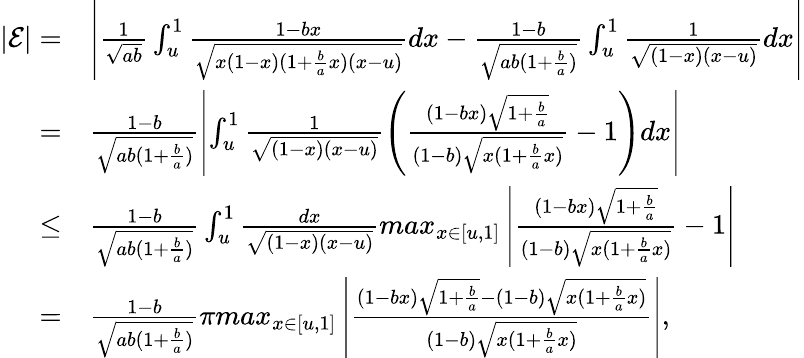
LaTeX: \begin{array}{rl}{|\mathcal{E}|=}&{\left|\frac{1}{\sqrt{ab}}\int_{u}^{1}\frac{1-bx}{\sqrt{x(1-x)(1+\frac{b}{a}x)(x-u)}}dx-\frac{1-b}{\sqrt{ab(1+\frac{b}{a})}}\int_{u}^{1}\frac{1}{\sqrt{(1-x)(x-u)}}dx\right|}\\ {=}&{\frac{1-b}{\sqrt{ab(1+\frac{b}{a})}}\left|\int_{u}^{1}\frac{1}{\sqrt{(1-x)(x-u)}}\left(\frac{(1-bx)\sqrt{1+\frac{b}{a}}}{(1-b)\sqrt{x(1+\frac{b}{a}x)}}-1\right)dx\right|}\\ {\leq}&{\frac{1-b}{\sqrt{ab(1+\frac{b}{a})}}\int_{u}^{1}\frac{dx}{\sqrt{(1-x)(x-u)}}\textit{max}_{x\in[u,1]}\left|\frac{(1-bx)\sqrt{1+\frac{b}{a}}}{(1-b)\sqrt{x(1+\frac{b}{a}x)}}-1\right|}\\ {=}&{\frac{1-b}{\sqrt{ab(1+\frac{b}{a})}}\pi\textit{max}_{x\in[u,1]}\left|\frac{(1-bx)\sqrt{1+\frac{b}{a}}-(1-b)\sqrt{x(1+\frac{b}{a}x)}}{(1-b)\sqrt{x(1+\frac{b}{a}x)}}\right|,}\end{array}